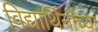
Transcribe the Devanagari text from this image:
विद्यार्थिनींच्या